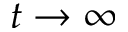
t \to \infty